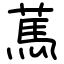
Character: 䔍